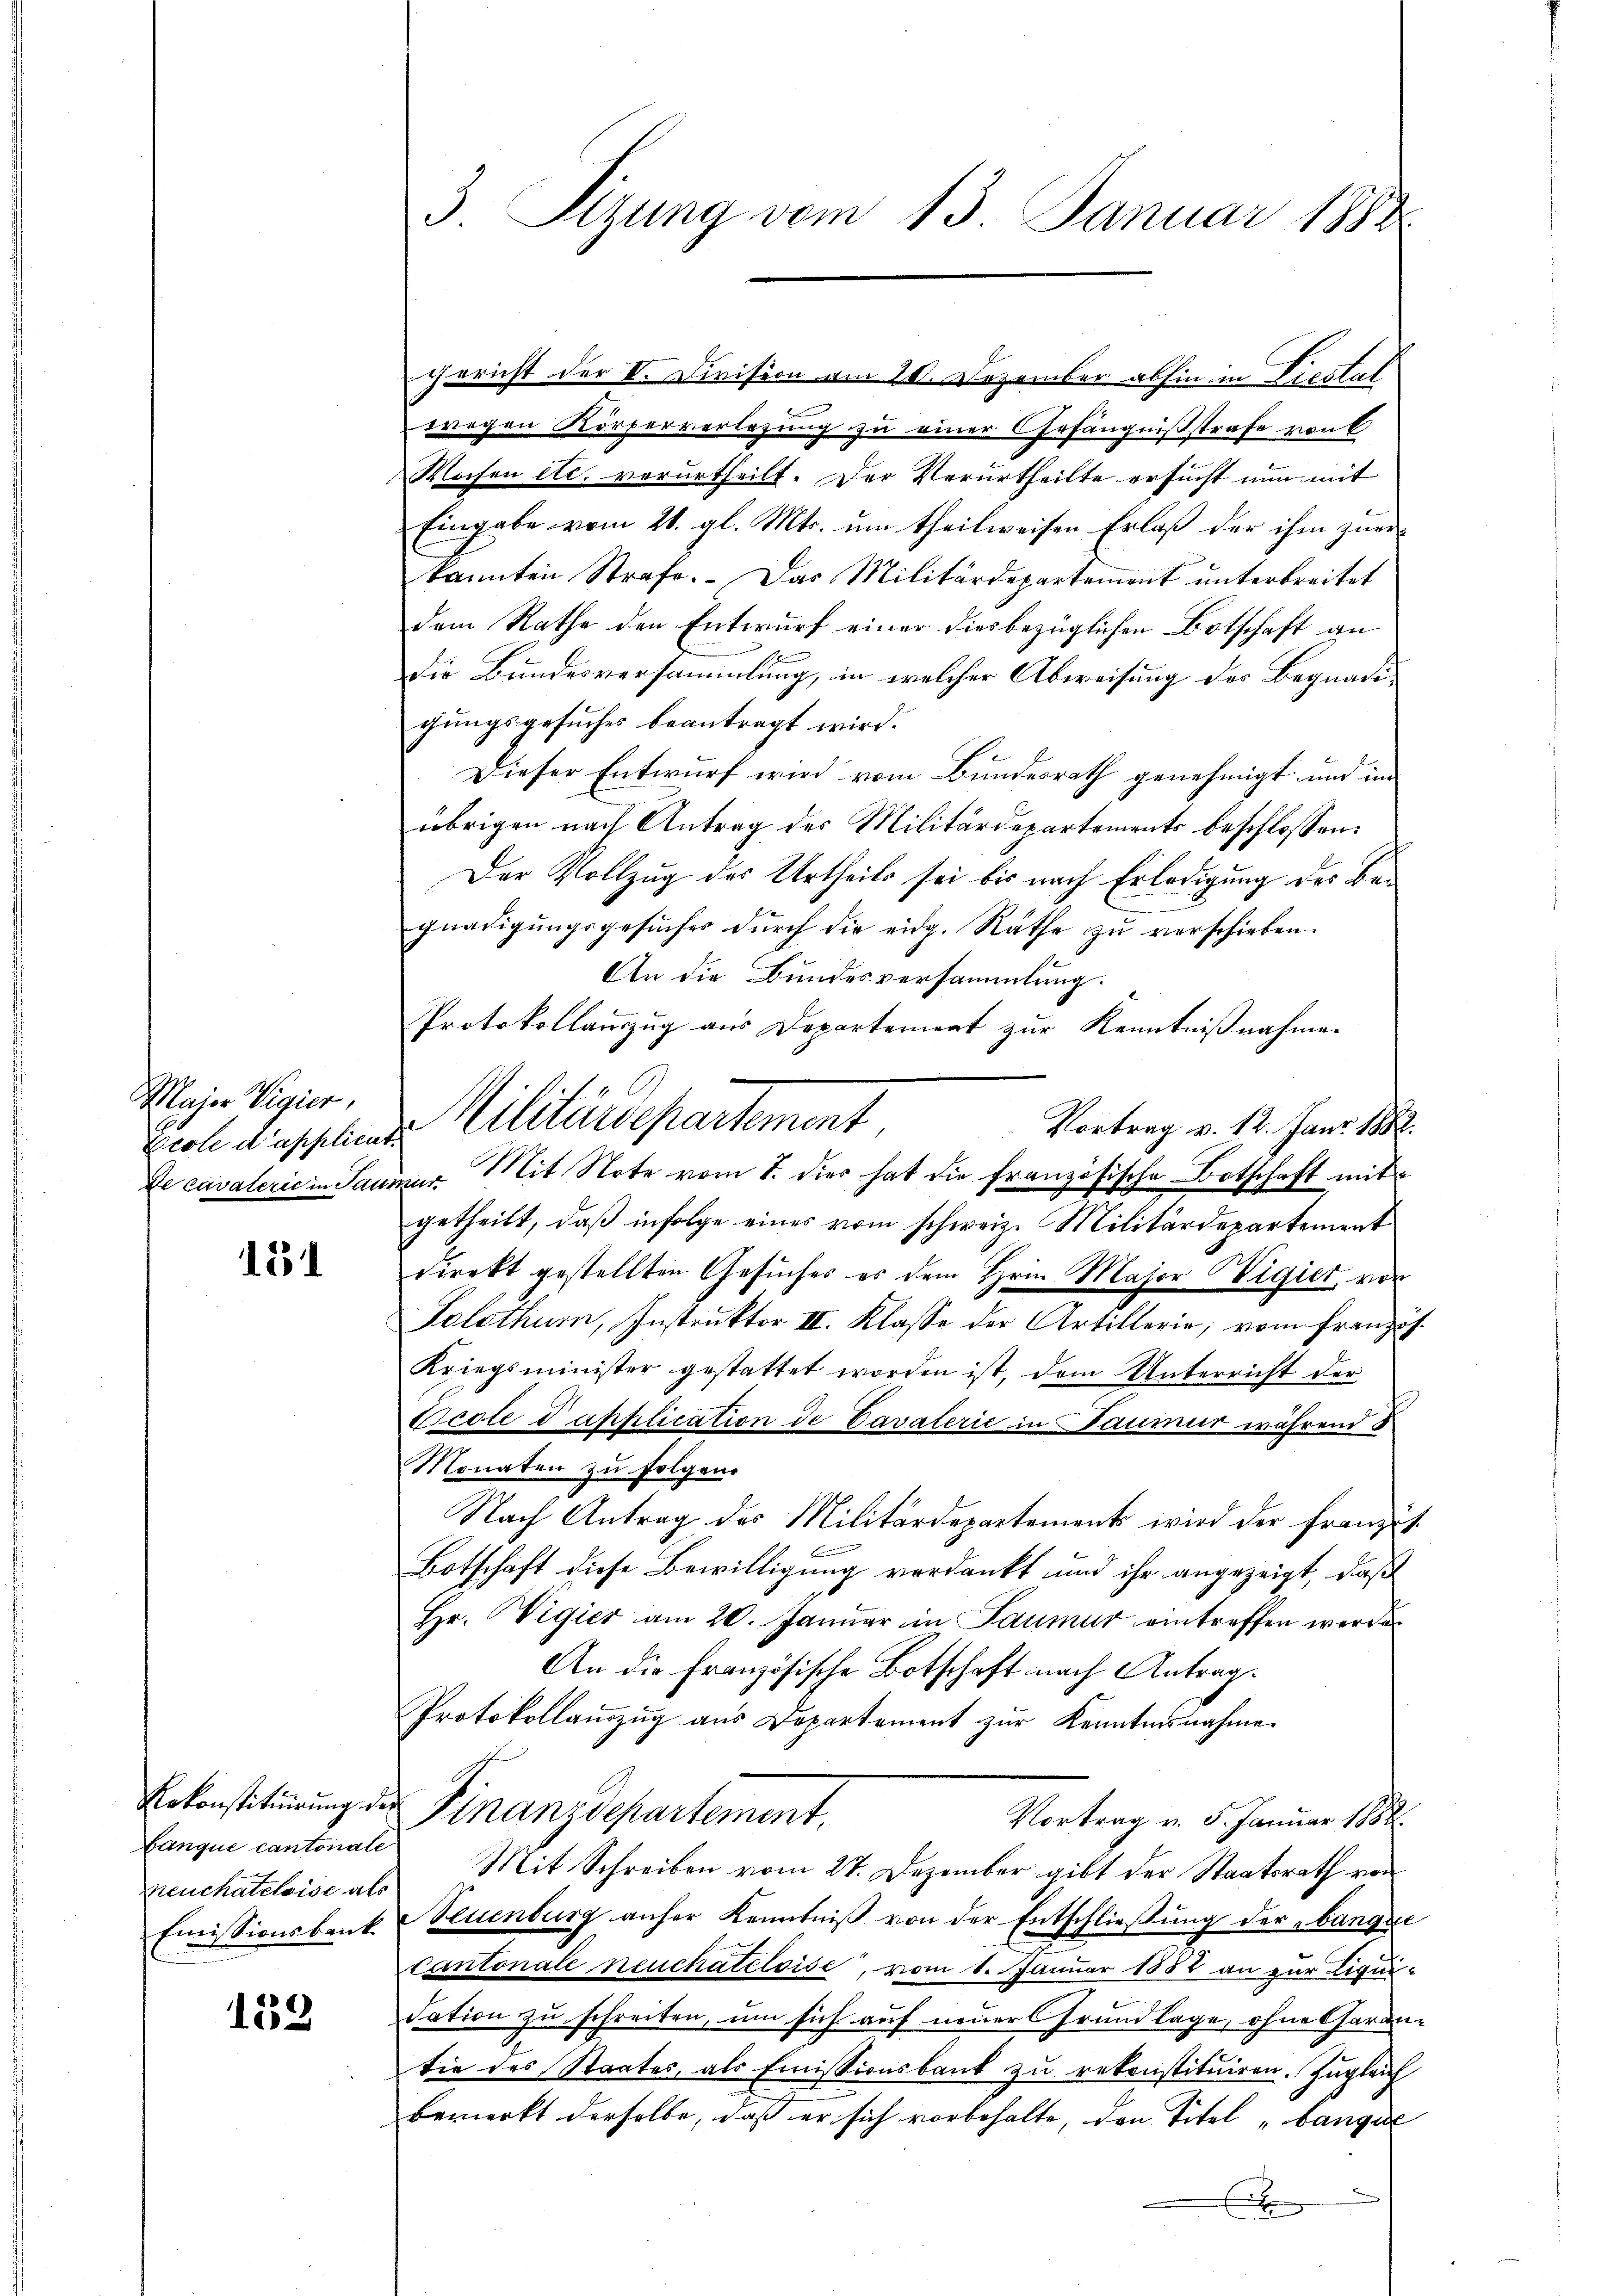
Major Vigier,
Prole d’applicat
De cavaterie in Patt.

131

Rekonstituirung der
Banque cantonale
neuchateloise als
Emissionsbank.

152

3. Sizung vom 13. Januar 1888.

gericht der V. Division am 20. Dezember abhin in Liestal
wegen Körperverlesung zu einer Gefängnißstrafe von 6
Wochen etc. verurtheilt. Der Verurtheilte ersucht nun mit
Eingabe vom 21. gl. Mts. um theilweisen Erlaß der ihm zuerkannten Strafe. Das Militärdepartement ŭnterbreitet
dem Rathe den Entwurf einer diesbezüglichen Botschaft an
17
Die Bundesversammlung, in welcher Abweisung des Begnadigungsgesuches beantragt wird.
Dieser Entwurf wird vom Bundesrath genehmigt und im
übrigen nach Antrag des Militärdepartements beschlossen:
Der Vollzug des Urtheils sei bis nach Erledigung des begnadigungsgesuches durch die eidg. Räthe zu verschieben.
An die Bundesversammlung.
Protokollauszug aus Departement zur Kenntnißnahmen
Vortrag v. 12. Janr. 188
Mit Note vom 1. dies hat die französische Botschaft mit
r
getheilt, daß infolge eines vom schweiz. Militärdepartement
direkt gestellten Gesuches es dem Hrn. Major Wigier von
Solothurn, Instruktor II. Klasse der Artillerie, vom franzig
Kriegsminister gestattet worden ist, dem Unterricht der
Ecole dahhlication de Cavaterie in Taumur während
Monaten zu folgen.
Nach Antrag des Militärdepartement wird der Franz¬
Botschaft diese Bewilligung verdankt und ihr angezeigt, daß
Hr. Wigier am 20. Januar in Saumur eintreffen werde.
An die Französische Botschaft nach Antrag.
Protokollauszug aus Departement zur Kenntnisnahme
Finanzdepartement,
Vortrag v. 5. Januar 1882.
Mit Schreiben vom 27. Dezember gibt der Staatsrath von
Seuenburg anher Kenntniβ von der Entschließung der bange
Cantonale neuchateloise“, vom 1. Januar 1882 an zur Liqui-
dation zu schreiben, um sich auf neuer Grundlage, ohne Garan
tie des Staates, als Emissionsbaŭt zŭ rekonstitŭiren. Zugleich
bemerkt derselbe, daß er sich vorbehalte, den Titel „bangel

Militärdepartement